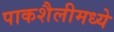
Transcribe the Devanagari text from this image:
पाकशैलीमध्ये